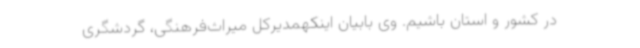
در کشور و استان باشیم. وی بابیان اینکهمدیرکل میراث‌فرهنگی، گردشگری